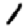
Digit: 1